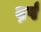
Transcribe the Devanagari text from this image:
व़र्ष